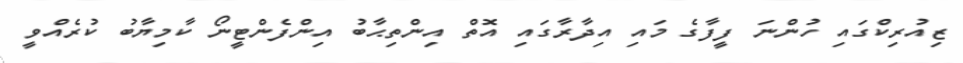
ޒިއުރިކްގައި ހުންނަ ފީފާގެ މައި އިދާރާގައި އޮތް އިންތިޙާބު އިންފެންޓީނޯ ކާމިޔާބު ކުރެއްވީ